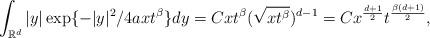
LaTeX: \begin{align*}\int_{\mathbb{R}^{d}}|y|\exp\{-|y|^{2}/4axt^{\beta}\}dy = C x t^{\beta} (\sqrt{xt^{\beta}})^{d-1} = C x^{\frac{d+1}{2}}t^{\frac{\beta (d + 1)}{2}},\end{align*}